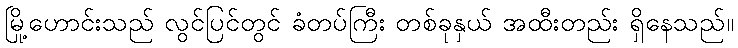
မြို့ဟောင်းသည် လွင်ပြင်တွင် ခံတပ်ကြီး တစ်ခုနှယ် အထီးတည်း ရှိနေသည်။